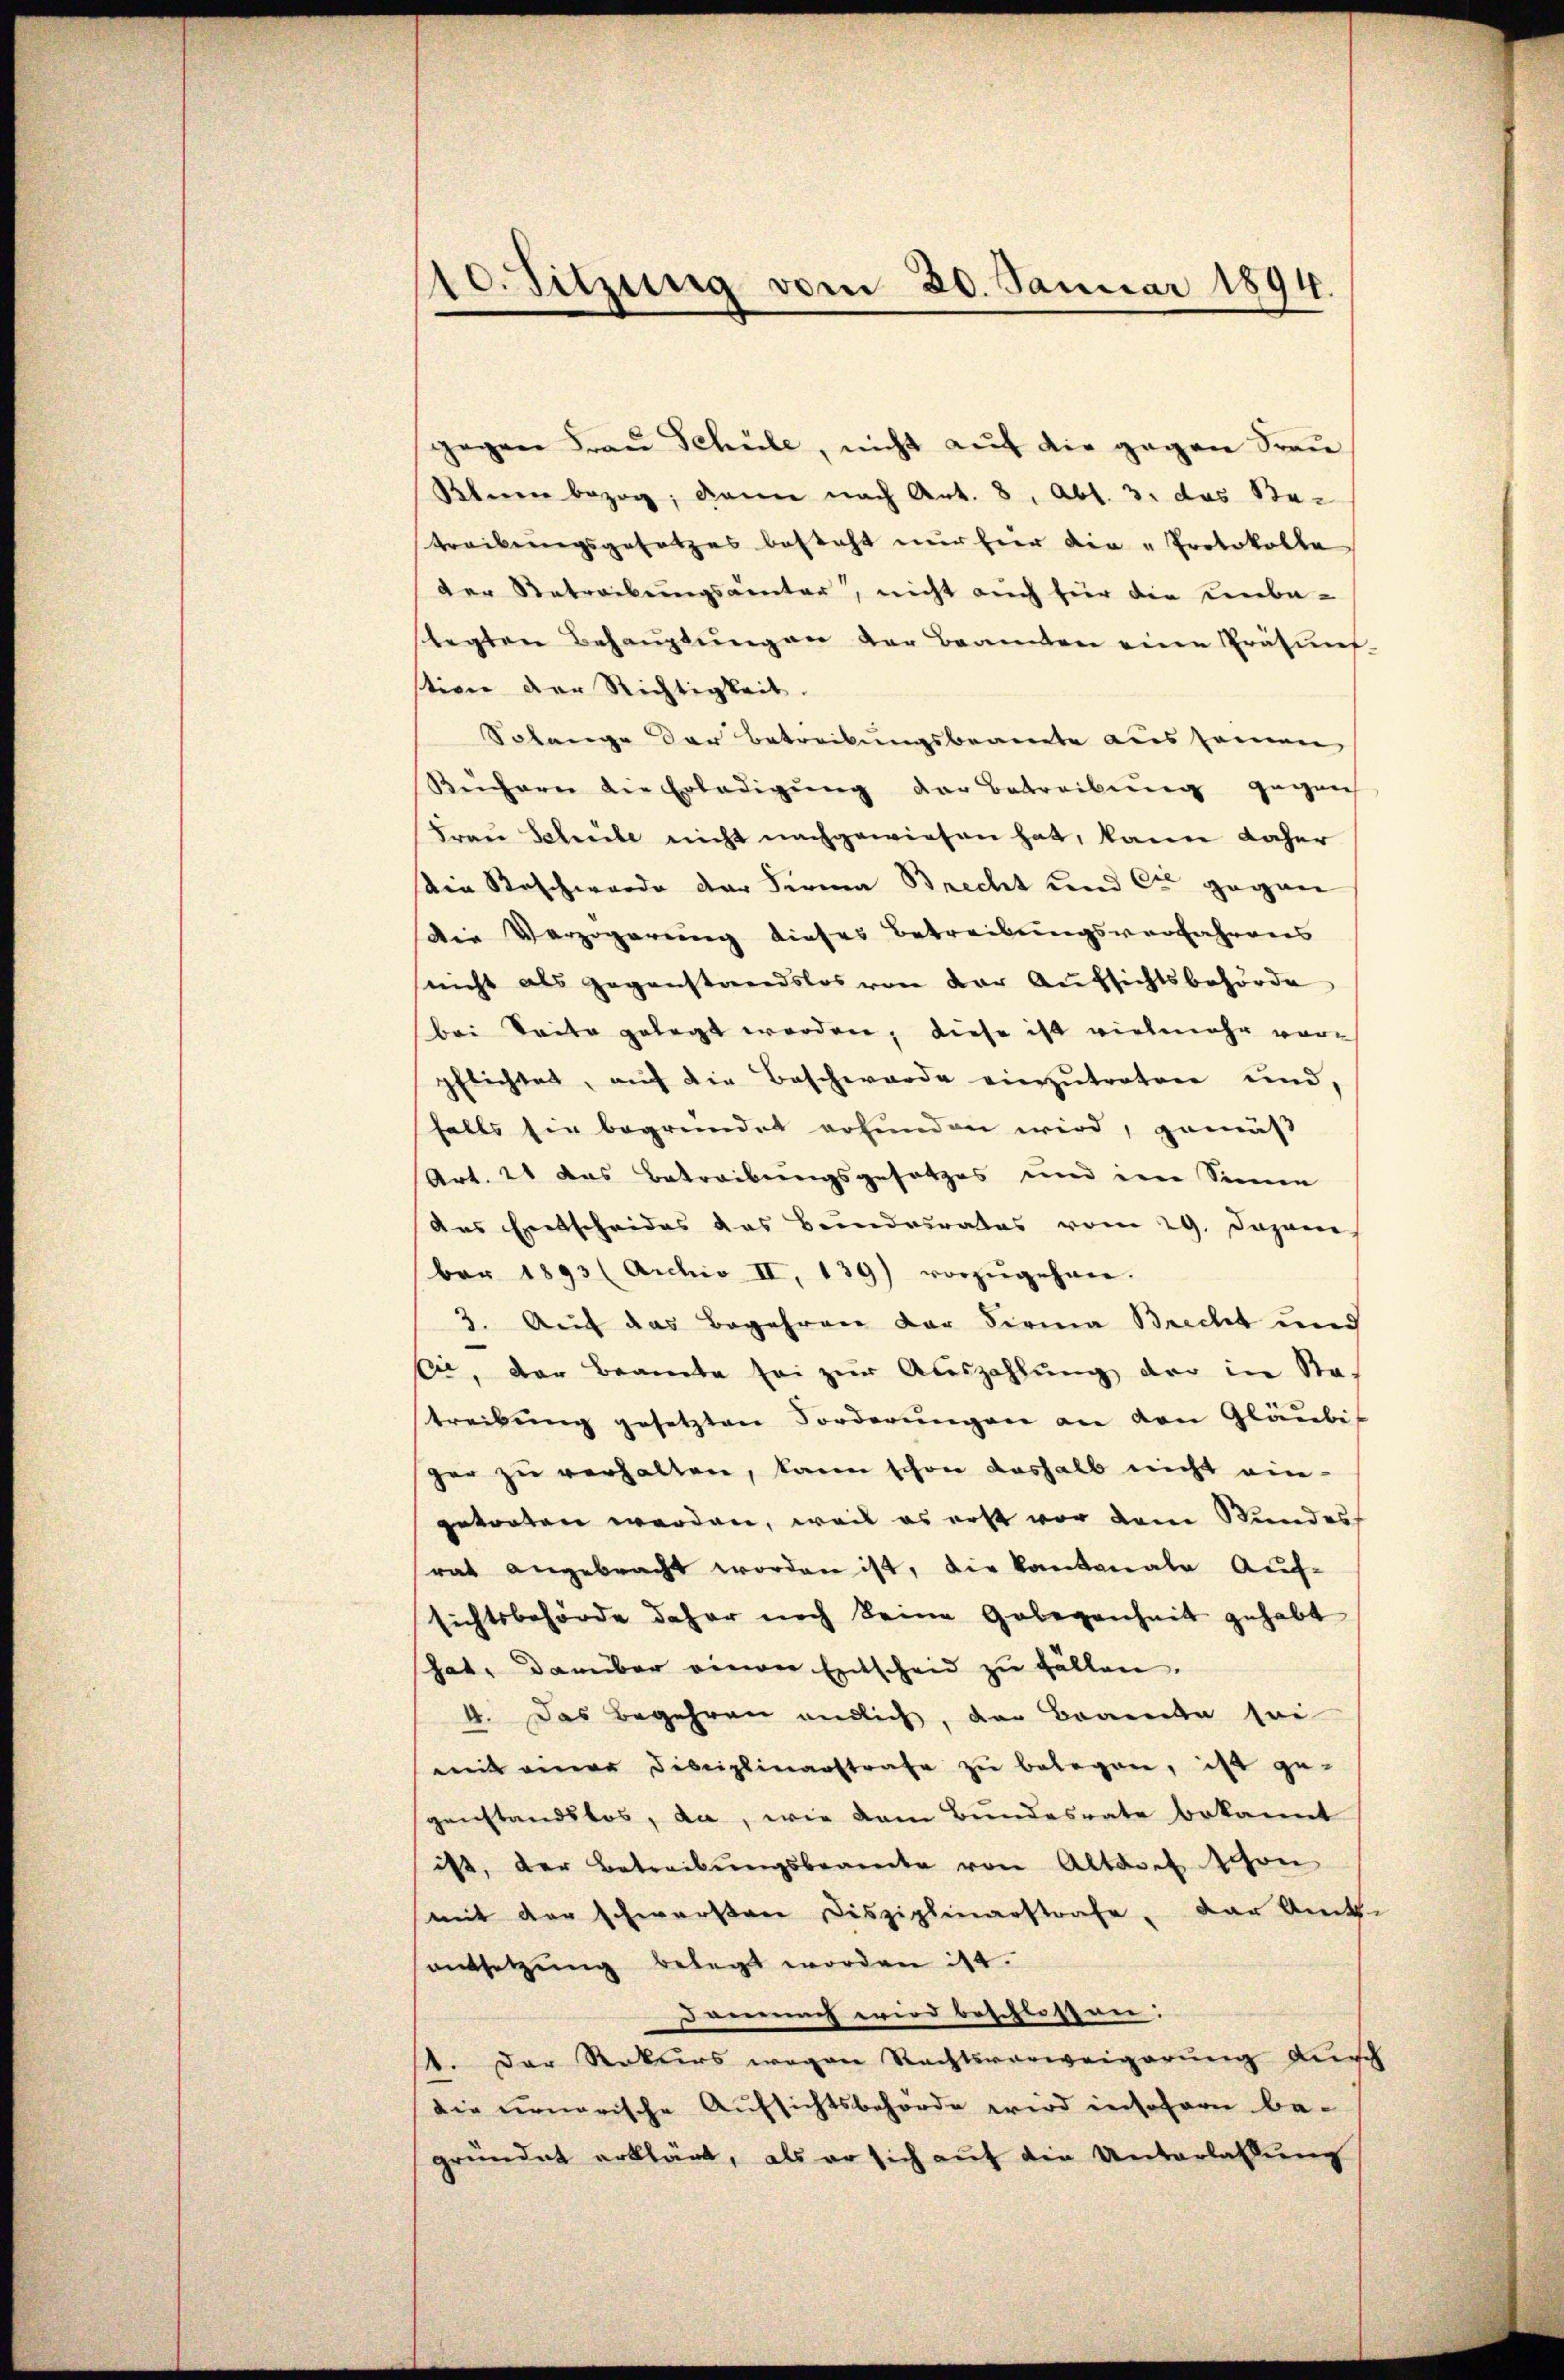
10. Sitzung vom 20. Januar 1894.

gegen Fraŭ Schule, nicht auf die gegen Frau
Kleen bezog; dann nach Art. 8, Abt. 3. das Be-
treibungsgesetzes besteht nur hier die „Protokolle
der Retrackungsämter, nicht auch für die unba-
stegten Behaŭptŭngen der Beamten eine Prätung
stion der Richtigkeit.
Solange der Betreibungsbeamte aus seien
Beicherer die Erledigung der Betreibung gegen
Frau Schreibe nicht nachgewiesen hat, kann daher
sein Beschwerde der Firma Brecht und Cie gegen
Die Verzögerung dieses Betreibungsverfahrens
(nicht als gegenstandslos von der Aufsichtsbehörde
bei Seite gelegt worden, diese ist vielmehr vorpflichtet, aŭf die Beschwerde einzŭtreten und,
falls sie begründet erfunden wird, gemäß
Art. 21 das Betreibungsgesetzes und eine Sinne
das Entscheides das Bundesrates vom 29. Japani
ber 1893 (Archiv II, 139) vorzŭgehen.
3. Auf das Begehren der Firma Brecht und
Cie, der Beamte sei zur Auszahlung der in Sta-
treibung gesetzten Forderungen an den Gläubis
ger zu verhalten, kann schon deshalb nicht ein-
getorten werden, weil es erst vor dem Stundes
rat angebracht worden ist, die Kantonale Auf-
sichtsbehörde daher noch keine Gelegenheit gehabt
hat, darüber einen Entscheid zu fällen.
4. Das Begehren endlich, der Braute sei
mit einer Disciplinarstrafe zu belegen, ist ge-
genstandslos, da, wie dem Bundesrate bekannt
ist, der Betreibŭngsbeamte von Altadel schon
mit der schwerstere Disziplinarstrafe, der Amts-
sentsetzung belegt worden ist.
Darnach wird beschlossen:
1. Der Rekurs wegen Rechtsverweigerung durch
die neuarische Aufsichtsbehörde wird insofern be-
gründet erklärt, als er sich auf die Unterlassung